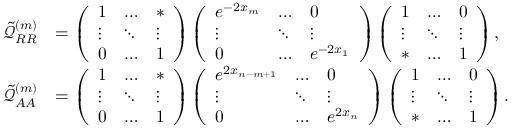
\begin{array} { r l } { \tilde { \mathcal { Q } } _ { R R } ^ { ( m ) } } & { = \left( \begin{array} { l l l } { 1 } & { \ldots } & { * } \\ { \vdots } & { \ddots } & { \vdots } \\ { 0 } & { \ldots } & { 1 } \end{array} \right) \left( \begin{array} { l l l } { e ^ { - 2 x _ { m } } } & { \ldots } & { 0 } \\ { \vdots } & { \ddots } & { \vdots } \\ { 0 } & { \ldots } & { e ^ { - 2 x _ { 1 } } } \end{array} \right) \left( \begin{array} { l l l } { 1 } & { \ldots } & { 0 } \\ { \vdots } & { \ddots } & { \vdots } \\ { * } & { \ldots } & { 1 } \end{array} \right) , } \\ { \tilde { \mathcal { Q } } _ { A A } ^ { ( m ) } } & { = \left( \begin{array} { l l l } { 1 } & { \ldots } & { * } \\ { \vdots } & { \ddots } & { \vdots } \\ { 0 } & { \ldots } & { 1 } \end{array} \right) \left( \begin{array} { l l l } { e ^ { 2 x _ { n - m + 1 } } } & { \ldots } & { 0 } \\ { \vdots } & { \ddots } & { \vdots } \\ { 0 } & { \ldots } & { e ^ { 2 x _ { n } } } \end{array} \right) \left( \begin{array} { l l l } { 1 } & { \ldots } & { 0 } \\ { \vdots } & { \ddots } & { \vdots } \\ { * } & { \ldots } & { 1 } \end{array} \right) . } \end{array}